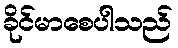
ခိုင်မာစေပါသည်